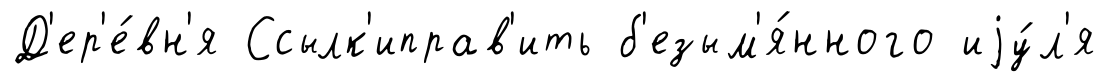
Д'ер'е́вн'я Ссылк'иправ'ить б'езым'я́нного иjу́л'я